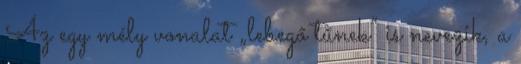
Az egy mély vonalat „lebegő tűnek” is nevezik, a